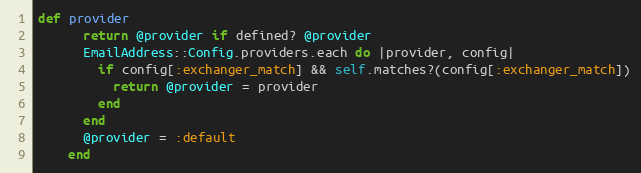
Language: Ruby
def provider
      return @provider if defined? @provider
      EmailAddress::Config.providers.each do |provider, config|
        if config[:exchanger_match] && self.matches?(config[:exchanger_match])
          return @provider = provider
        end
      end
      @provider = :default
    end